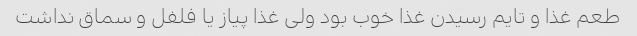
طعم غذا و تایم رسیدن غذا خوب بود ولی غذا پیاز یا فلفل و سماق نداشت